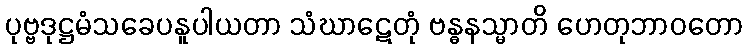
ပုဗ္ဗဒုဋ္ဌမံသခေပနူပါယတာ သံဃာဋေတုံ ဗန္ဓနသ္မာတိ ဟေတုဘာဝတော